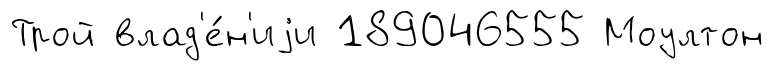
Трой влад'е́н'иjи 189046555 Моултон